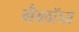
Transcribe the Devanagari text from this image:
गैब्लॉञ्ज़